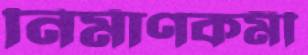
নির্মাণকর্মী